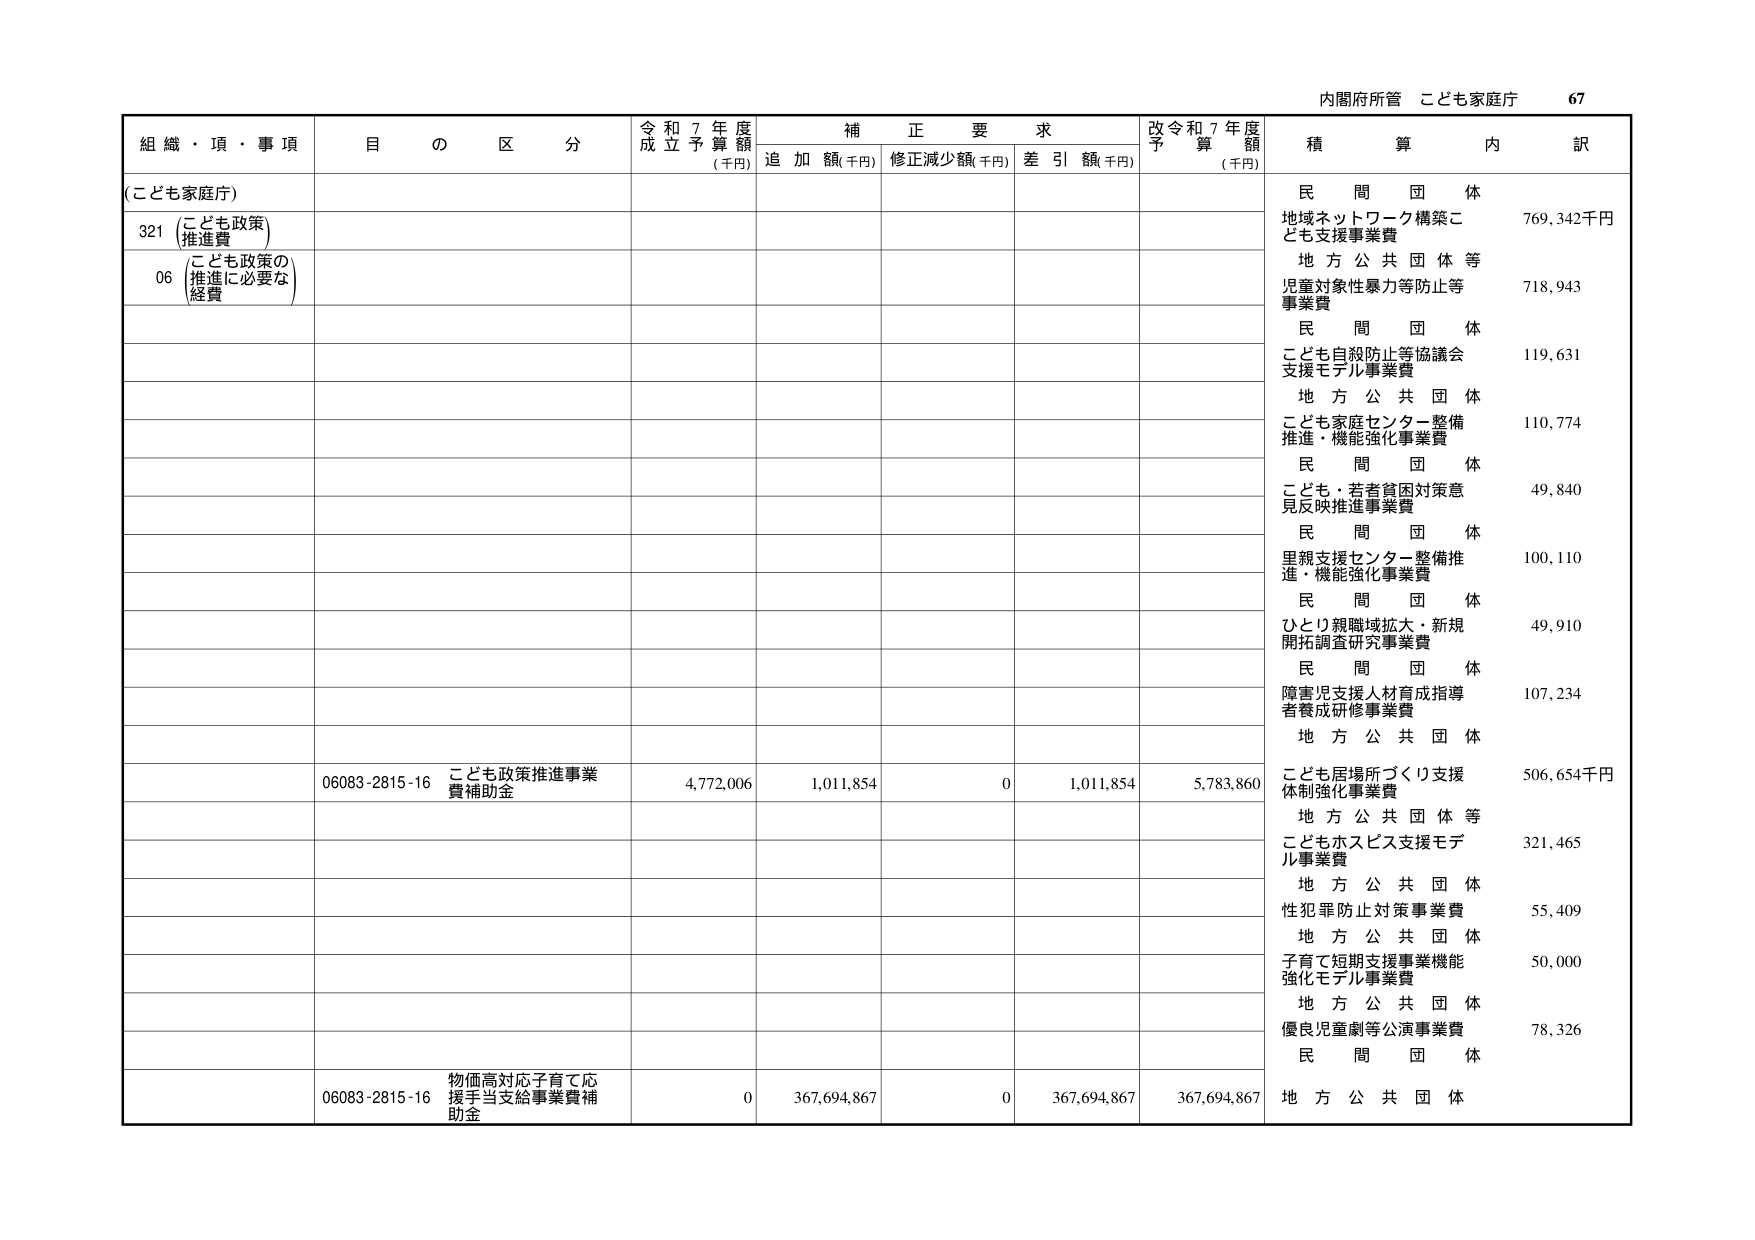
内閣府所管 こども家庭庁 67

組織・項・事項 目の区分 令和7年度成立予算額(千円) 補正要求 追加額(千円) 修正減少額(千円) 差引額(千円) 改令和7年度予算額(千円) 積算内訳

(こども家庭庁)

321 (こども政策) 推進費

06 (こども政策の推進に必要な経費)

民間団体 地域ネットワーク構築こども支援事業費 769,342千円

地方公共団体等 児童対象性暴力等防止等事業費 718,943

民間団体 こども自殺防止等協議会支援モデル事業費 119,631

地方公共団体 こども家庭センター整備推進・機能強化事業費 110,774

民間団体 こども・若者貧困対策意見反映推進事業費 49,840

民間団体 里親支援センター整備推進・機能強化事業費 100,110

民間団体 ひとり親職域拡大・新規開拓調査研究事業費 49,910

民間団体 障害児支援人材育成指導者養成研修事業費 107,234

地方公共団体 こども居場所づくり支援体制強化事業費 506,654千円

06083-2815-16 こども政策推進事業費補助金 4,772,006 1,011,854 0 1,011,854 5,783,860

地方公共団体等 こどもホスピス支援モデル事業費 321,465

地方公共団体 性犯罪防止対策事業費 55,409

地方公共団体 子育て短期支援事業機能強化モデル事業費 50,000

地方公共団体 優良児童劇等公演事業費 78,326

民間団体

06083-2815-16 物価高対応子育て応援手当支給事業費補助金 0 367,694,867 0 367,694,867 367,694,867 地方公共団体